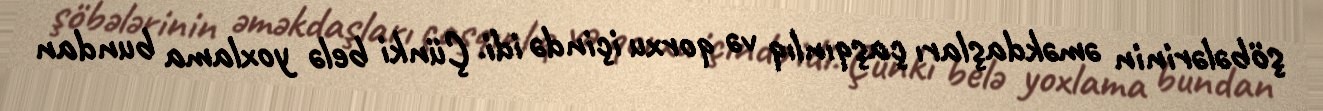
şöbələrinin əməkdaşları çaşqınlıq və qorxu içində idi. Çünki belə yoxlama bundan